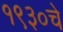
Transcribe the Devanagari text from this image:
१९३०चे